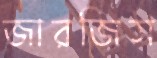
জারজিস